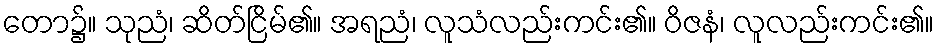
တော၌။ သုညံ၊ ဆိတ်ငြိမ်၏။ အရညံ၊ လူသံလည်းကင်း၏။ ဝိဇနံ၊ လူလည်းကင်း၏။